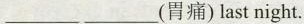
___ ___(胃痛)last night.